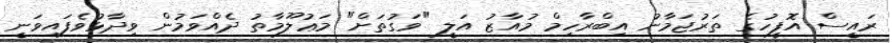
ރައީސް އޮފީހުގެ ތަރުޖަމާނު އިބްރާހިމް މުއާޒު އަލީ "ވަގުތަށް" މަޢުލޫމާތު ދެއްވަމުން ވިދާޅުވެފައިވަނީ